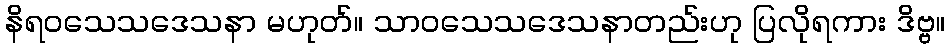
နိရဝသေသဒေသနာ မဟုတ်။ သာဝသေသဒေသနာတည်းဟု ပြလိုရကား ဒိဗ္ဗ။